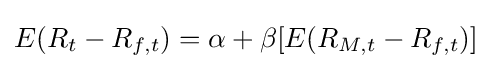
E(R_{t}-R_{f,t})=\alpha +\beta [E(R_{M,t}-R_{f,t})]